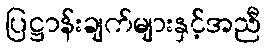
ပြဋ္ဌာန်းချက်များနှင့်အညီ